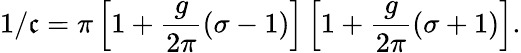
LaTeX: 1/\mathfrak{c}=\pi\left[1+\frac{{g}}{{2\pi}}(\sigma-1)\right]\left[1+\frac{{g}}{{2\pi}}(\sigma+1)\right].